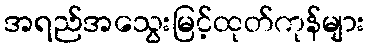
အရည်အသွေးမြင့်ထုတ်ကုန်များ